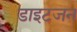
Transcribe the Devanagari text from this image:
डाइटजन